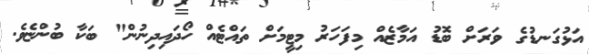
އަޅުގަނޑުގެ ވަރަށް ބޮޑު އަމާޒެއް މިފަހަރު މިޓީމަށް ތައްޓެއް ހޯދައިދިނުން" ބަކާ ބުންޏެވެ.